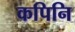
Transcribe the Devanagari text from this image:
कपिनि